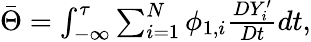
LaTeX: \begin{array}{r}{\bar{\Theta}={\int_{-\infty}^{\tau}}\sum_{i=1}^{N}\phi_{1,i}\frac{DY_{i}^{\prime}}{Dt}dt,}\end{array}